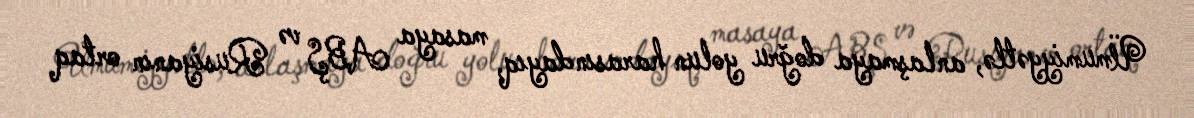
Ümumiyyətlə, anlaşmaya doğru yolun harasındayıq, masaya ABŞ və Rusiyanın ortaq